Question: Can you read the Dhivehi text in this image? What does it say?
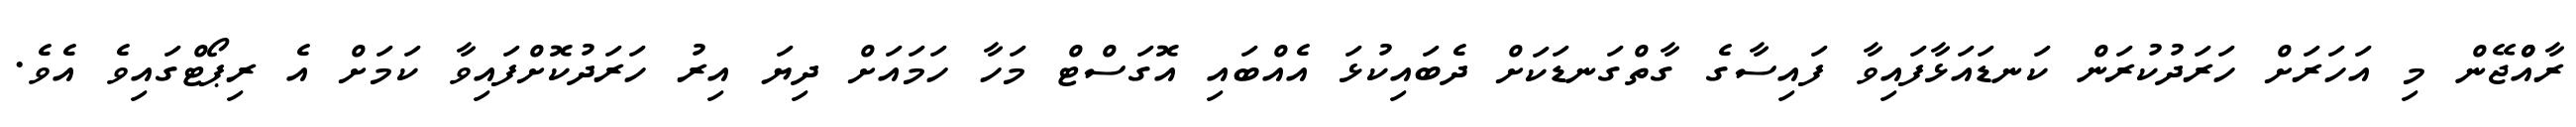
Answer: ރާއްްޖޭން މި އަހަރަށް ހަރަދުކުރަން ކަނޑައަޅާފައިވާ ފައިސާގެ ގާތްގަނޑަކަށް ދެބައިކުޅަ އެއްބައި އޮގަސްޓް މަހާ ހަމައަށް ދިޔަ އިރު ހަރަދުކޮށްފައިވާ ކަމަށް އެ ރިޕޯޓްގައިވެ އެވެ.